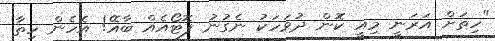
"ހިތަށް އަރަނީ މިއީ ކޮން ދުވަހަކު ނެގުނު ފޮޓޯއެއް ބާއޭ! އެހެން ހިތާ